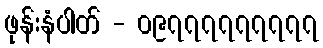
ဖုန်းနံပါတ် - ၀၉၇၇၇၇၇၇၇၇၇